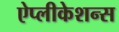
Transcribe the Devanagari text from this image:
ऐप्लीकेशन्स